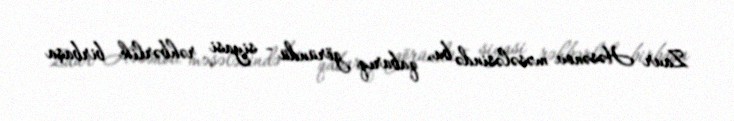
Zaur Həsənov məsələsində bu, qabarıq göründü - siyasi rəhbərlik birbaşa